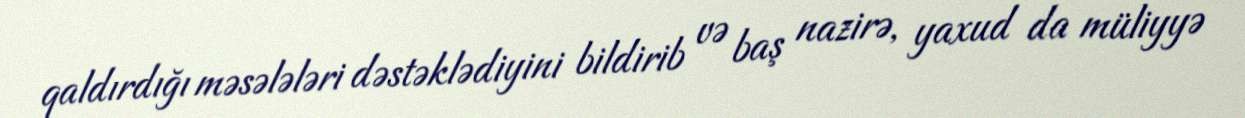
qaldırdığı məsələləri dəstəklədiyini bildirib və baş nazirə, yaxud da müliyyə